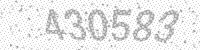
Solution: 430583